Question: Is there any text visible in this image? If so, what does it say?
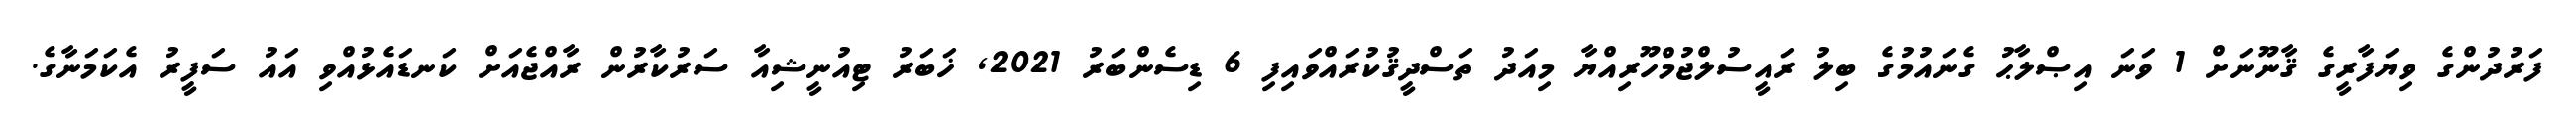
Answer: ފަރުދުންގެ ވިޔަފާރީގެ ޤާނޫނަށް 1 ވަނަ އިޞްލާޙު ގެނައުމުގެ ބިލު ރައީސުލްޖުމްހޫރިއްޔާ މިއަދު ތަސްދީޤުކުރައްވައިފި 6 ޑިސެންބަރު 2021, ޚަބަރު ޓިއުނީޝިއާ ސަރުކާރުން ރާއްޖެއަށް ކަނޑައެޅުއްވި އައު ސަފީރު އެކަމަނާގެ.